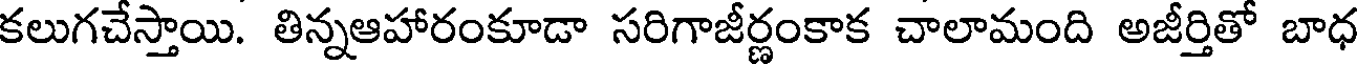
కలుగచేస్తాయి. తిన్నఆహారంకూడా సరిగాజీర్ణంకాక చాలామంది అజీర్తితో బాధ